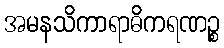
အမနသိကာရာဓိကရဏဉ္စ